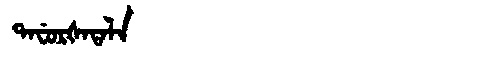
Manchu: ᡨᠠᠸᡠᡵᡧᠠᡨᠠᠯᠠ
Romanization: TAFURŠATALA